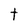
Character: t